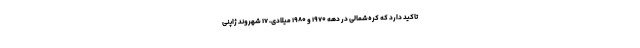
تاکید دارد که کره‌شمالی در دهه ۱۹۷۰ و ۱۹۸۰ میلادی، ۱۷ شهروند ژاپنی